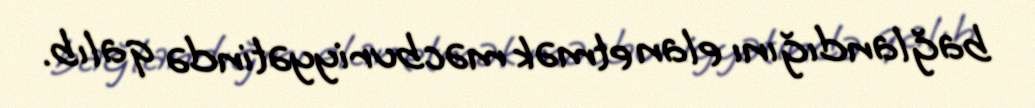
bağlandığını elan etmək məcburiyyətində qalıb.